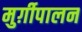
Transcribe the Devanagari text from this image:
मुर्ग़ीपालन